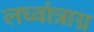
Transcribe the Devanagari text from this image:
लघ्वांत्राग्न